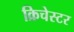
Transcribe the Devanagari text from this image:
क्रिचेस्टर